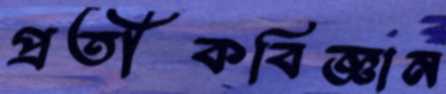
প্রতীকবিজ্ঞান